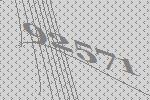
92571